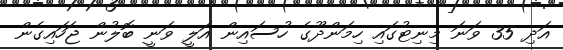
އަދި 35 ވަނަ މިނިޓުގައި ހިމަންދޫގެ ހުސައިން އަލީ ވަނީ ބޮލުން ޖަހައިގެން